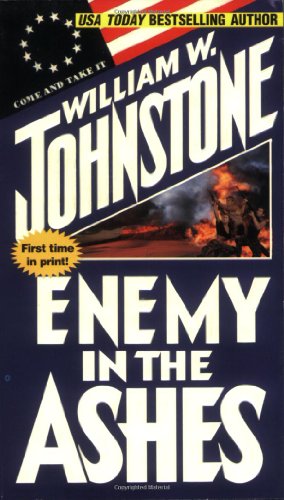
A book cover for Enemy In The Ashes; William W. Johnstone; Literature & Fiction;